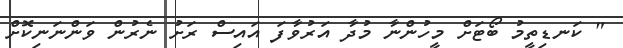
" ކަނޑިތީމު ބޯޓަށް މީހުންނާ މުދާ އަރުވާފަ އައިސް ރަށު ނެރުން ވަންނަނިކޮށް